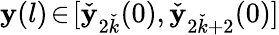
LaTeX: \mathbf{y}(l)\! \in\! [\check{{\mathbf{y}}}_{2\check{{k}}}(0),\check{{\mathbf{y}}}_{2\check{{k}}+2}(0)]